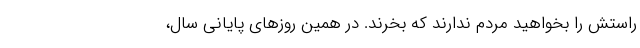
راستش را بخواهید مردم ندارند که بخرند. در همین روزهای پایانی سال،